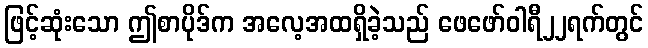
ဖြင့်ဆုံးသော ဤစာပိုဒ်က အလေ့အထရှိခဲ့သည် ဖေဖော်ဝါရီ၂၂ရက်တွင်